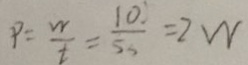
P = \frac { W } { t } = \frac { 1 0 } { 5 3 } = 2 W